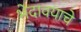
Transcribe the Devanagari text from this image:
भेदावयाचे